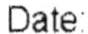
DATE: